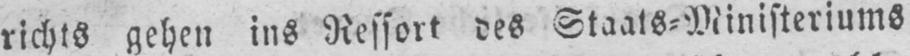
richts gehen ins Ressort des Staats⸗Ministeriums